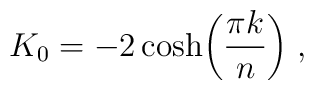
K_0=-2\cosh\biggr({\pi k\over n}\biggr)             \; ,